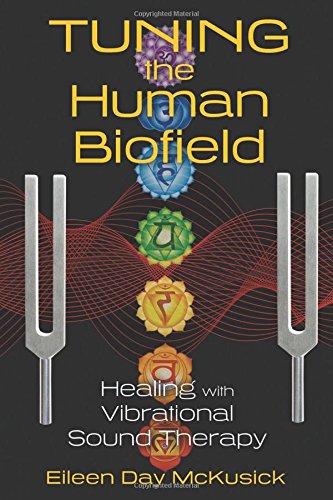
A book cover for Tuning the Human Biofield: Healing with Vibrational Sound Therapy; Eileen Day McKusick; Health, Fitness & Dieting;